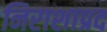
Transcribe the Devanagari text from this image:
निराशाप्रद